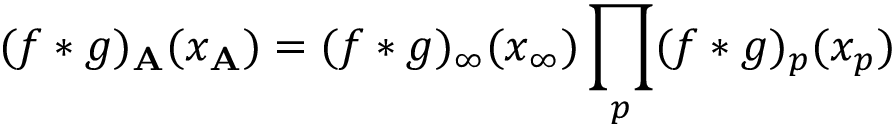
( f \ast g ) _ { \bf A } ( x _ { \bf A } ) = ( f \ast g ) _ { \infty } ( x _ { \infty } ) \prod _ { p } ( f \ast g ) _ { p } ( x _ { p } )